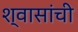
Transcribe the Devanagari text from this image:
श्वासांची